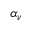
\alpha _ { \nu }